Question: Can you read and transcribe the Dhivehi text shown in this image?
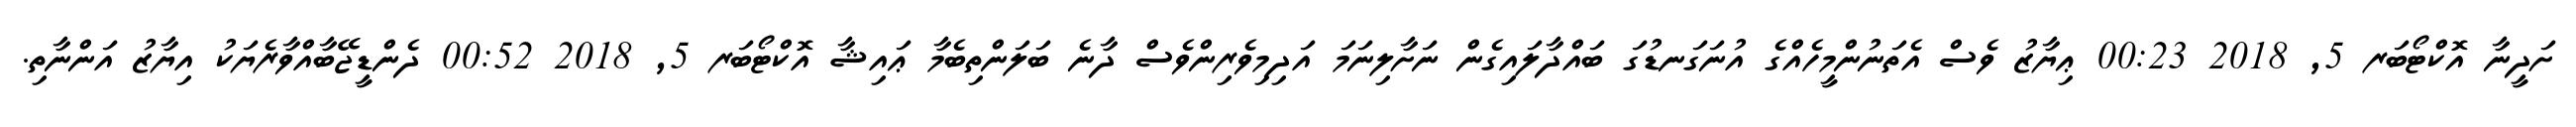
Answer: ށަދީނާ އޮކްޓޯބަރ 5, 2018 00:23 ޢިޔާޒު ވެސް އެތަނުންމީހެއްގެ އުނަގަނޑުގަ ބައްދާލައިގެން ނަށާލިނަމަ އަދިމިވެރިންވެސް ދާނެ ބަލަންތިބެމާ ޢައިޝާ އޮކްޓޯބަރ 5, 2018 00:52 ދެންޑީޖޭބާއްވާރެޔަކު އިޔާޒު އަންނާތި.